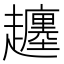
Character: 𧾡